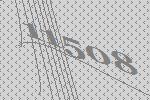
11508